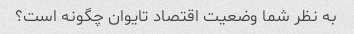
به نظر شما وضعیت اقتصاد تایوان چگونه است؟